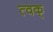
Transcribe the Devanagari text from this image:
त्वक्‌